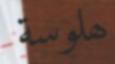
ھلوسة